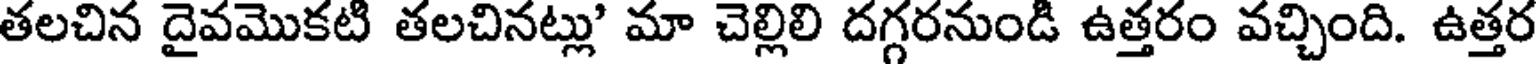
తలచిన దైవమొకటి తలచినట్లు' మా చెల్లిలి దగ్గరనుండి ఉత్తరం వచ్చింది. ఉత్తర